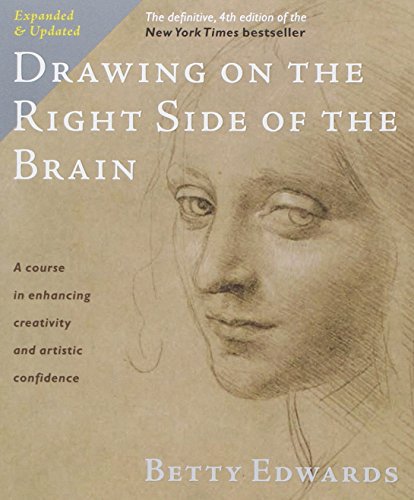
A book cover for Drawing on the Right Side of the Brain: The Definitive, 4th Edition; Betty Edwards; Arts & Photography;